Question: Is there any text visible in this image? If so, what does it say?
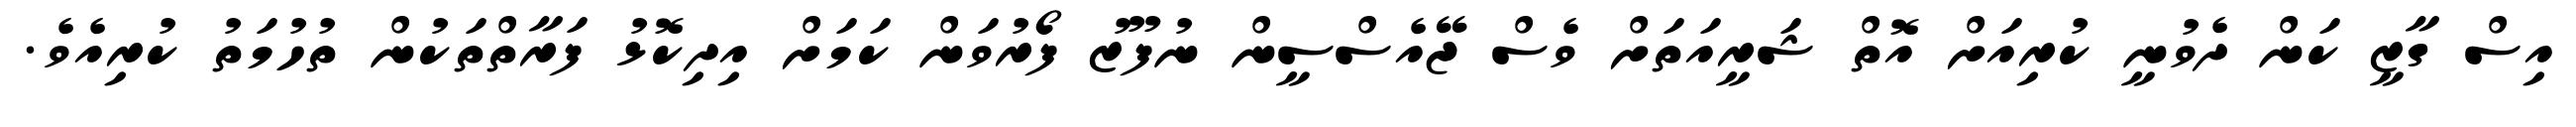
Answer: އިސް ގާޒީ ކަން ދެވުނީ ކުރިއަށް އޮތް ޝަރީއަތަށް ވެސް ޖޭއެސްސީން ނުފޫޒު ފޯރުވަން ކަމަށް އިދިކޮޅު ފަރާތްތަކުން ތުހުމަތު ކުރިއެވެ.